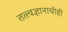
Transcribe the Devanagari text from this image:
तत्त्वज्ञानाचीही